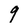
Character: 9